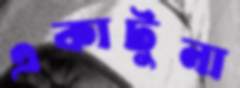
একাটুনা